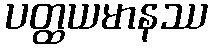
ပတ္ထယမာနဿ